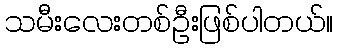
သမီးလေးတစ်ဦးဖြစ်ပါတယ်။